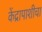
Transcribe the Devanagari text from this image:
केंद्रापाशीचा